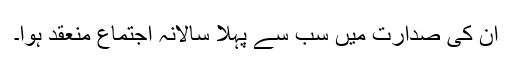
ان کی صدارت میں سب سے پہلا سالانہ اجتماع منعقد ہوا۔